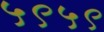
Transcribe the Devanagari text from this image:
५९५९